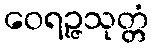
ဝေရဉ္ဇသုတ္တံ